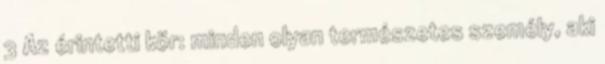
3 Az érintetti kör: minden olyan természetes személy, aki